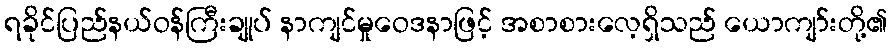
ရခိုင်ပြည်နယ်ဝန်ကြီးချုပ် နာကျင်မှုဝေဒနာဖြင့် အစာစားလေ့ရှိသည် ယောကျာ်းတို့၏